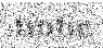
tintie